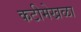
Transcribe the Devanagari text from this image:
कटीमेखळा